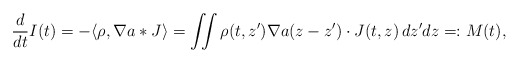
\begin{align*}\frac{d}{dt}I(t)=-\langle\rho,\nabla a\ast J\rangle=\iint\rho(t, z')\nabla a(z-z')\cdot J(t, z)\,dz'dz=:M(t),\end{align*}